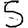
Digit: 5